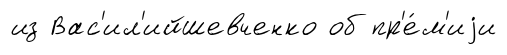
из Вас'ил'ийшевченко об пр'е́м'иjи